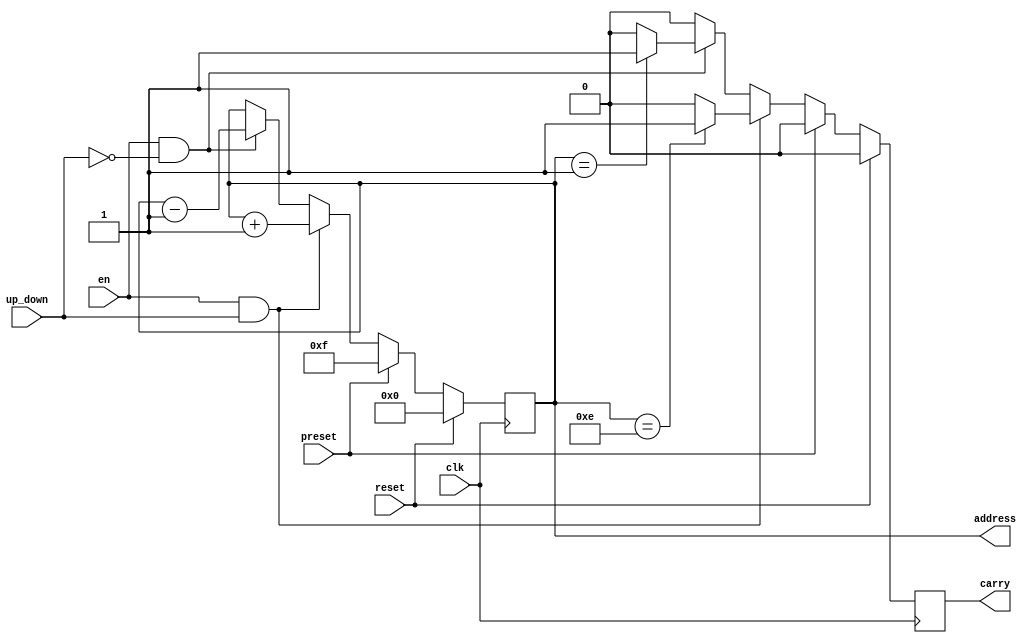
module address_generator
#(parameter a_width = 4)
(
	output reg [a_width-1:0] address,
	output reg carry,
	input clk,
	input reset,
	input preset,
	input en,
	input up_down);

always@(posedge clk)
begin
	carry <= 0;
	if(reset)begin
		address <=0;
	end 
	else if (preset)begin
		address <= { a_width{1'b1}};
	end 
	else if(en && up_down)begin
		address <= address + 1;    
		if(address == {a_width{1'b1}}-1)
		begin
			carry <= 1;
		end
	end
	else if (en && ~up_down)begin
		address <= address - 1;
		if(address == 1)begin
			carry <= 1;
		end
	end

end

endmodule